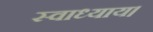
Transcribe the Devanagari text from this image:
स्वाध्याय।